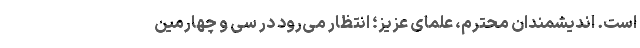
است. اندیشمندان محترم، علمای عزیز؛ انتظار می‌رود در سی و چهارمین